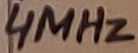
Text: 4MHz